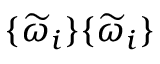
\{ \widetilde \omega _ { i } \} \{ \widetilde \omega _ { i } \}